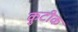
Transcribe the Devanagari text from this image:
कुटीक